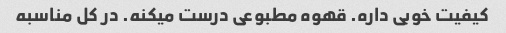
کیفیت خوبی داره. قهوه مطبوعی درست میکنه. در کل مناسبه